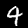
Label: 4